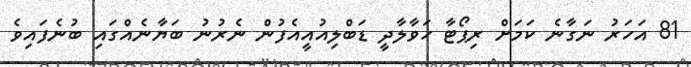
81 އަހަރު ނަގާނެ ކަމަށް ރިޕޯޓާ ހަވާލާދީ ޑަބްލިއުއީއެފުން ނެރުނު ބަޔާނެއްގައި ބުނެފައިވެ